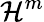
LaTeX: {\mathcal{H}}^{m}